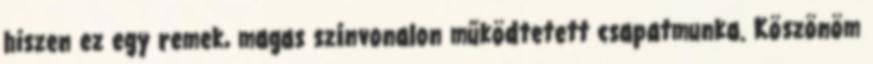
hiszen ez egy remek, magas színvonalon működtetett csapatmunka. Köszönöm